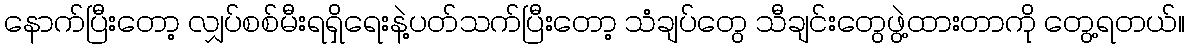
နောက်ပြီးတော့ လျှပ်စစ်မီးရရှိရေးနဲ့ပတ်သက်ပြီးတော့ သံချပ်တွေ သီချင်းတွေဖွဲ့ထားတာကို တွေ့ရတယ်။